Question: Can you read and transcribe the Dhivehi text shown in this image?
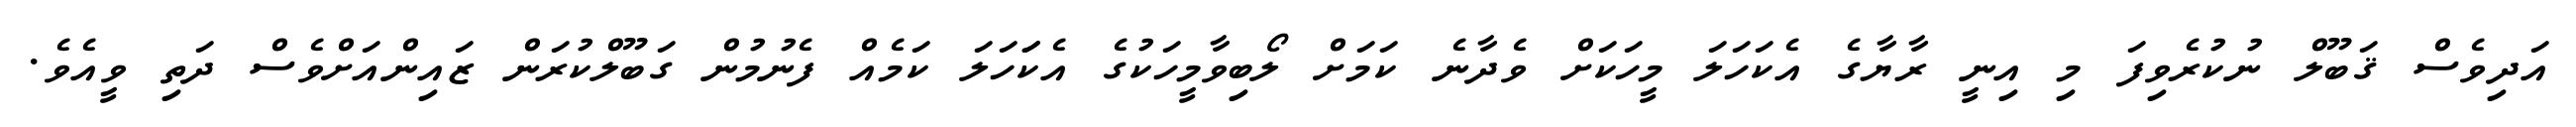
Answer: އަދިވެސް ޤަބޫލް ނުކުރެވިފަ މި އިނީ ރާޔާގެ އެކަހަލަ މީހަކަށް ވެދާނެ ކަމަށް ލޯބިވާމީހަކުގެ އެކަަހަލަ ކަމެއް ފެނުމުން ގަބޫލްކުރަން ޒައިންއަށްވެސް ދަތި ވީއެވެ.